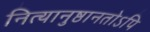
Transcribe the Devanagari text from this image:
नित्यानुष्ठानतोऽपि